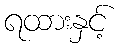
ရထားနှင့်